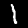
Label: 1